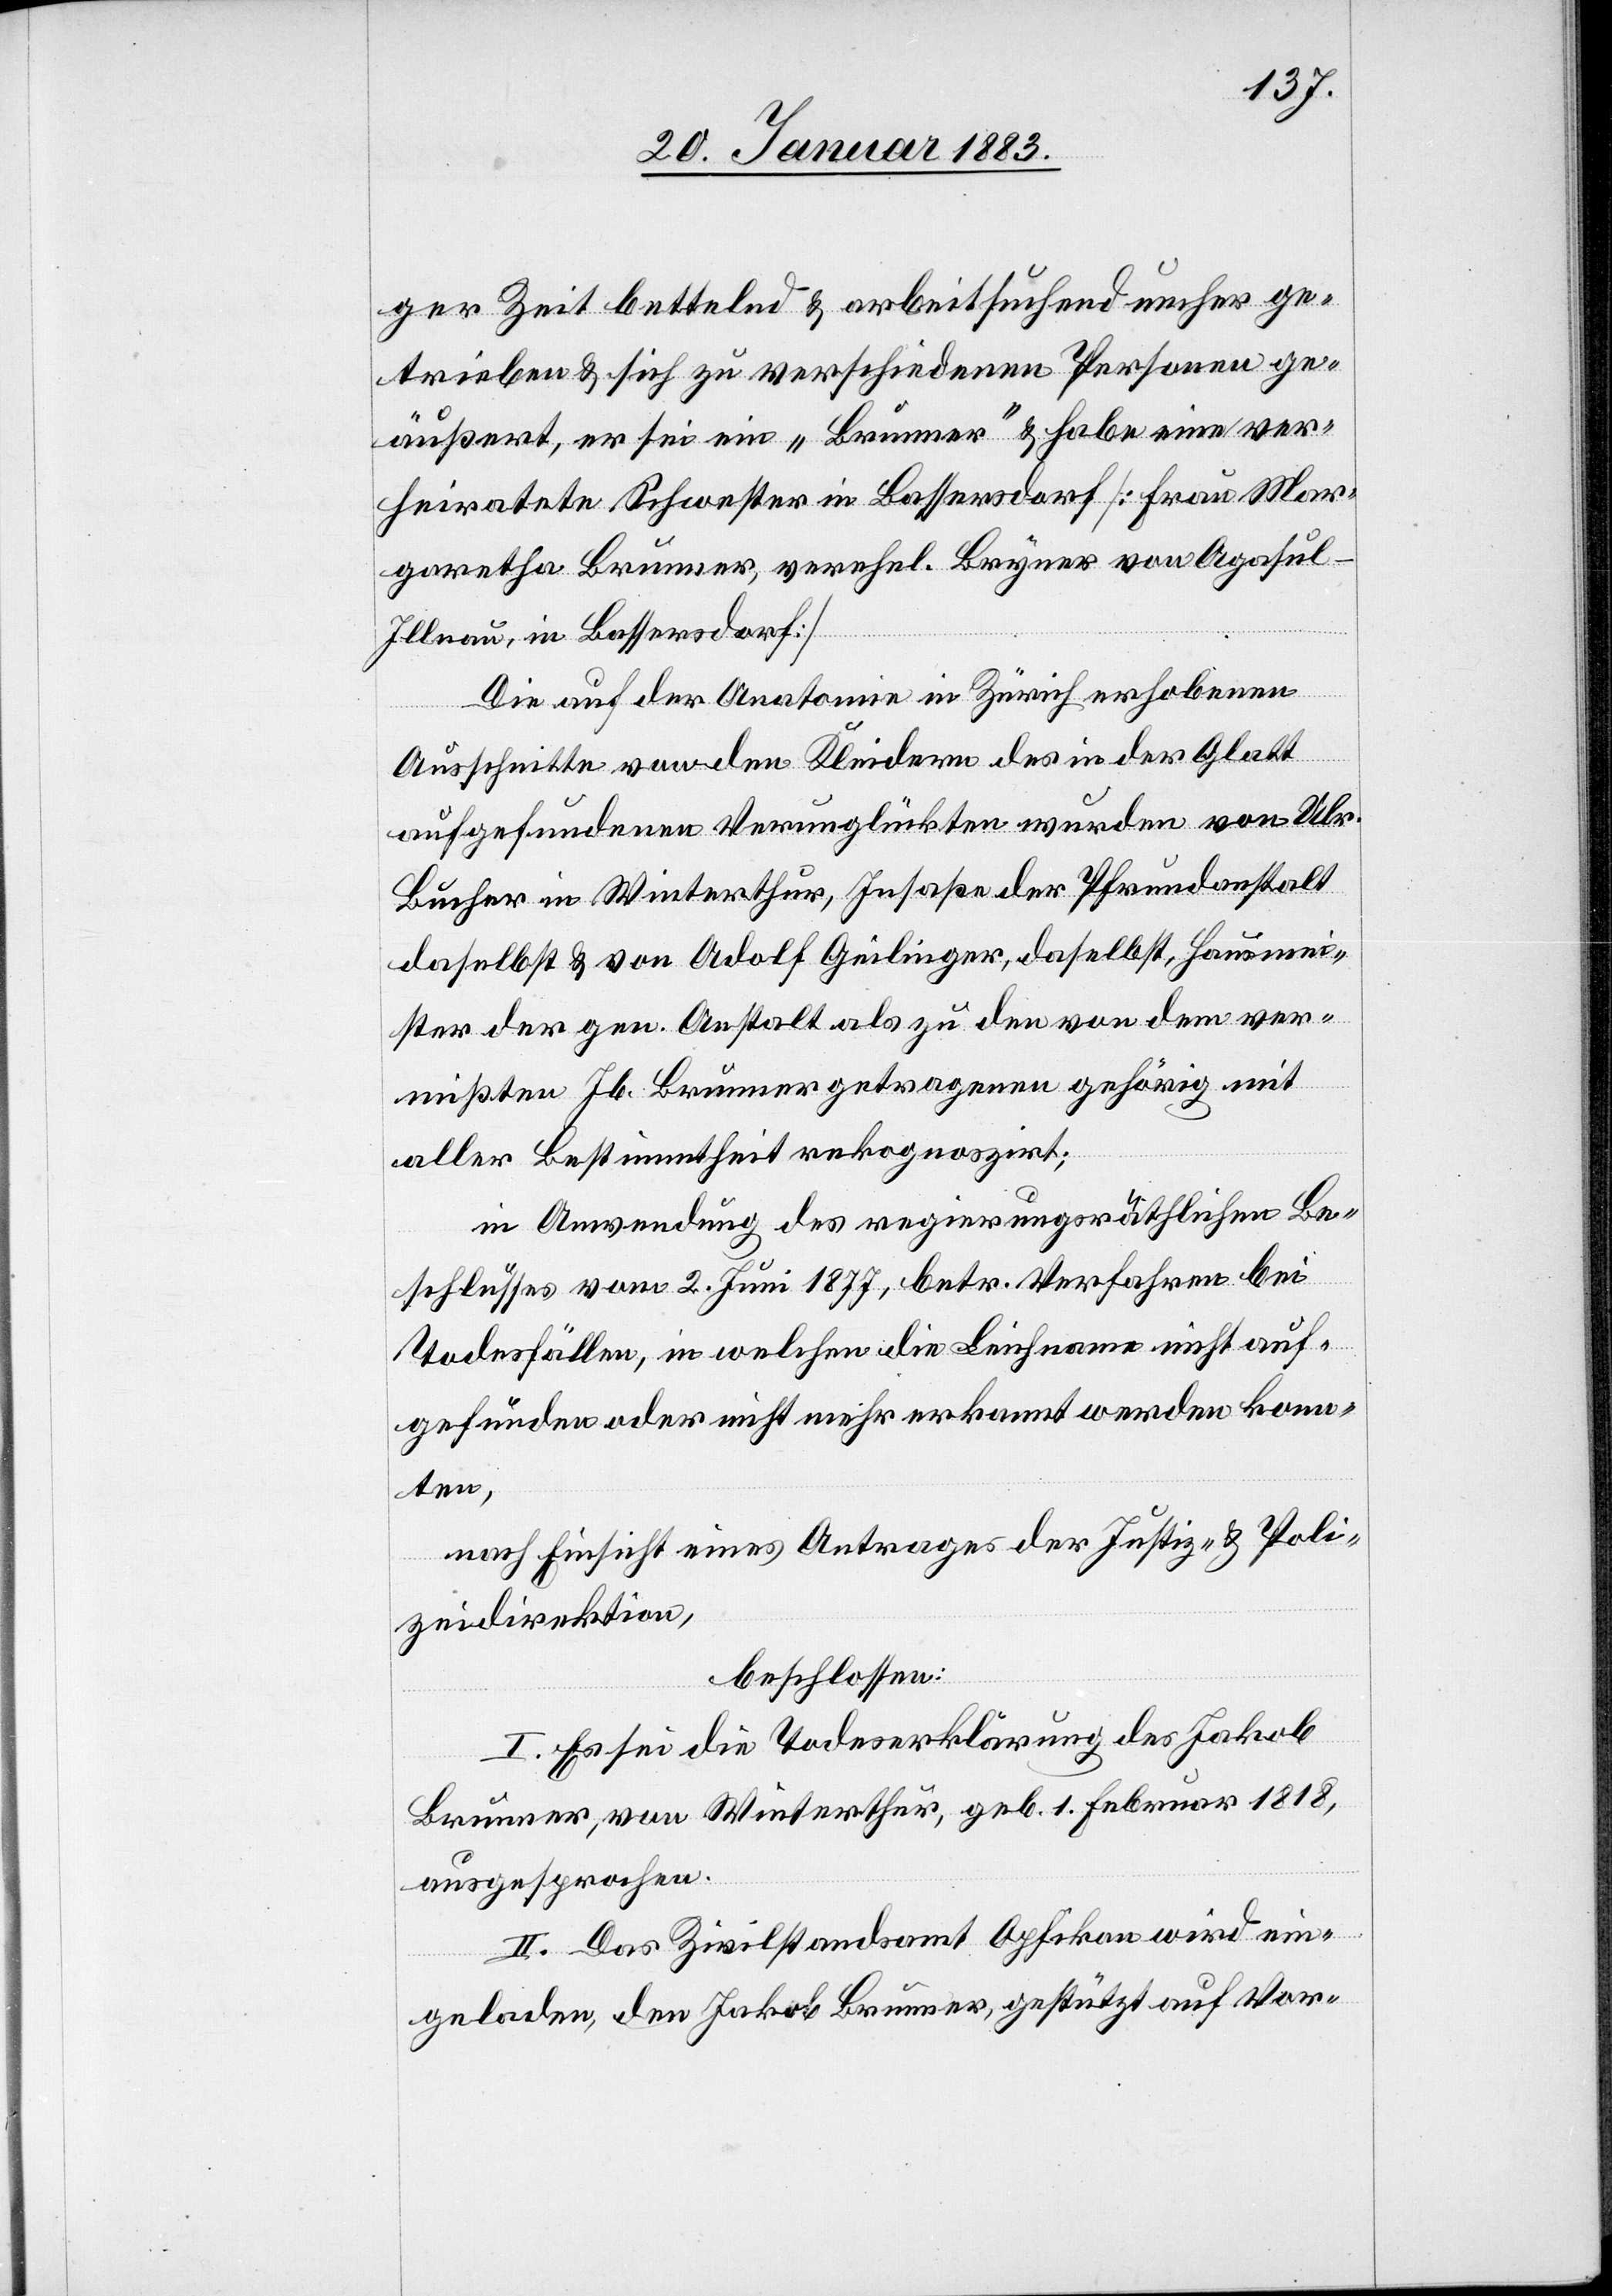
ger Zeit bettelnd & arbeitsuchend umher ge¬
trieben & sich zu verschiedenen Personen ge¬
äußert, er sei ein „Brunner“ & habe eine ver¬
heiratete Schwester in Bassersdorf [Frau Mar¬
garetha Brunner, verehel. Bryner von Agasul -
Illnau, in Bassersdorf]
Die auf der Anatomie in Zürich erhobenen
Ausschnitte von den Kleidern des in der Glatt
aufgefundenen Verunglückten wurden von Ulr.
Bucher in Winterthur, Insaße der Pfrundanstalt
daselbst & von Adolf Geilinger, daselbst, Hausmei¬
ster der gen. Anstalt als zu den von dem ver¬
aller Bestimmtheit rekognoszirt;
in Anwendung des regierungsräthlichen Be¬
schlusses vom 2. Juni 1877, betr. Verfahren bei
Todesfällen, in welchen die Leichname nicht auf¬
gefunden oder nicht mehr erkannt werden konn¬
ten,
nach Einsicht eines Antrages der Justiz- & Poli¬
zeidirektion,
beschlossen:
I. Es sei die Todeserklärung des Jakob
Brunner, von Winterthur, geb. 1. Februar 1818,
ausgesprochen.
II. Das Zivilstandsamt Opfikon wird ein¬
geladen, den Jakob Brunner, gestützt auf Vor-